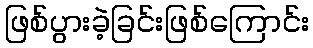
ဖြစ်ပွားခဲ့ခြင်းဖြစ်ကြောင်း